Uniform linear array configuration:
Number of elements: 48
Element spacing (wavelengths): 0.75
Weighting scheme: kaiser
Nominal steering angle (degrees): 60
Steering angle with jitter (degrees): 60.124
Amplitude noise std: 0.05
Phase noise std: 0.05

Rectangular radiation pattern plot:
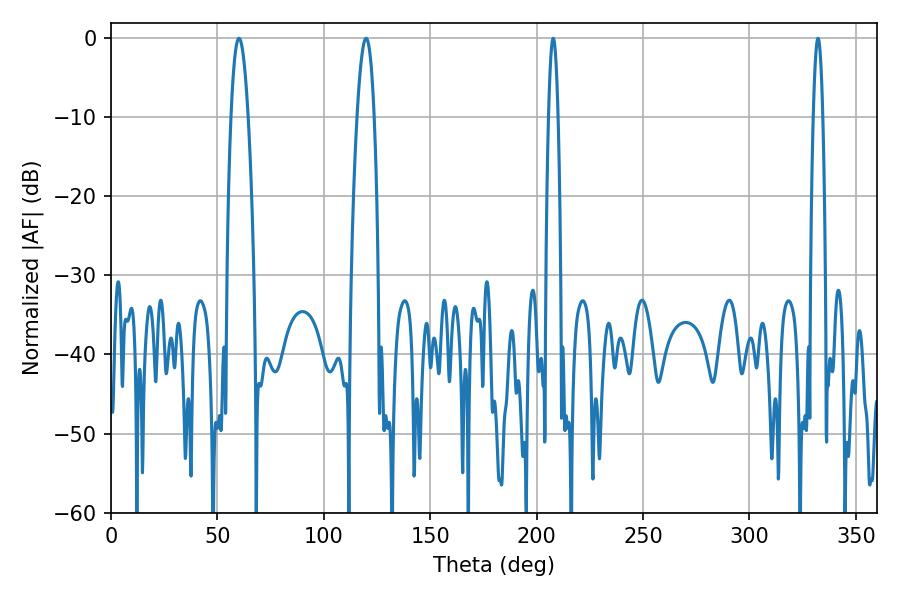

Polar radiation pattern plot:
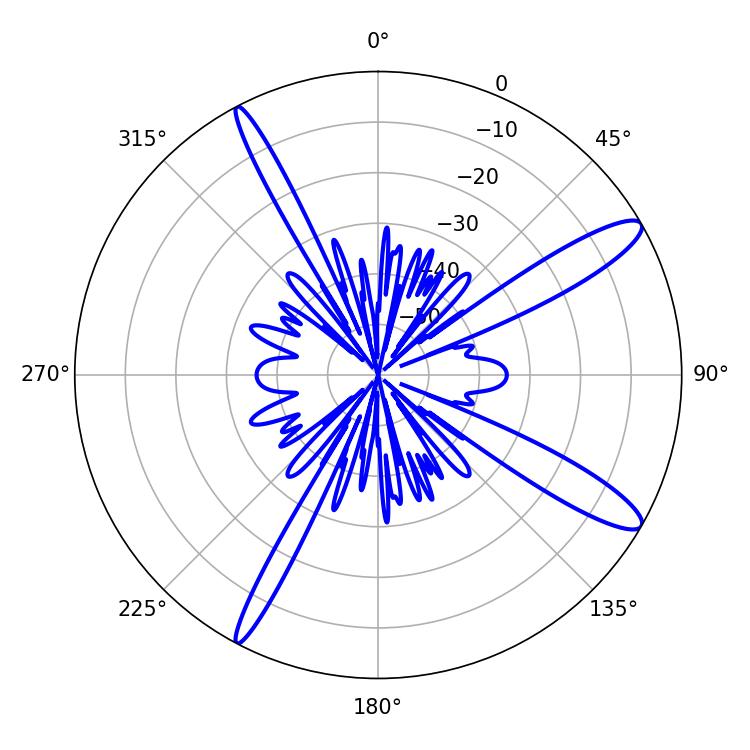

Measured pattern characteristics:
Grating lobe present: TRUE
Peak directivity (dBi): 12.942
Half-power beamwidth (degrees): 4.5
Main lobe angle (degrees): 60.12